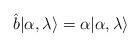
LaTeX: \begin{align*}\hat b \vert \alpha,\lambda \rangle = \alpha \vert \alpha,\lambda\rangle \end{align*}